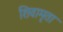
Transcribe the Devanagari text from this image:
शिवामृता